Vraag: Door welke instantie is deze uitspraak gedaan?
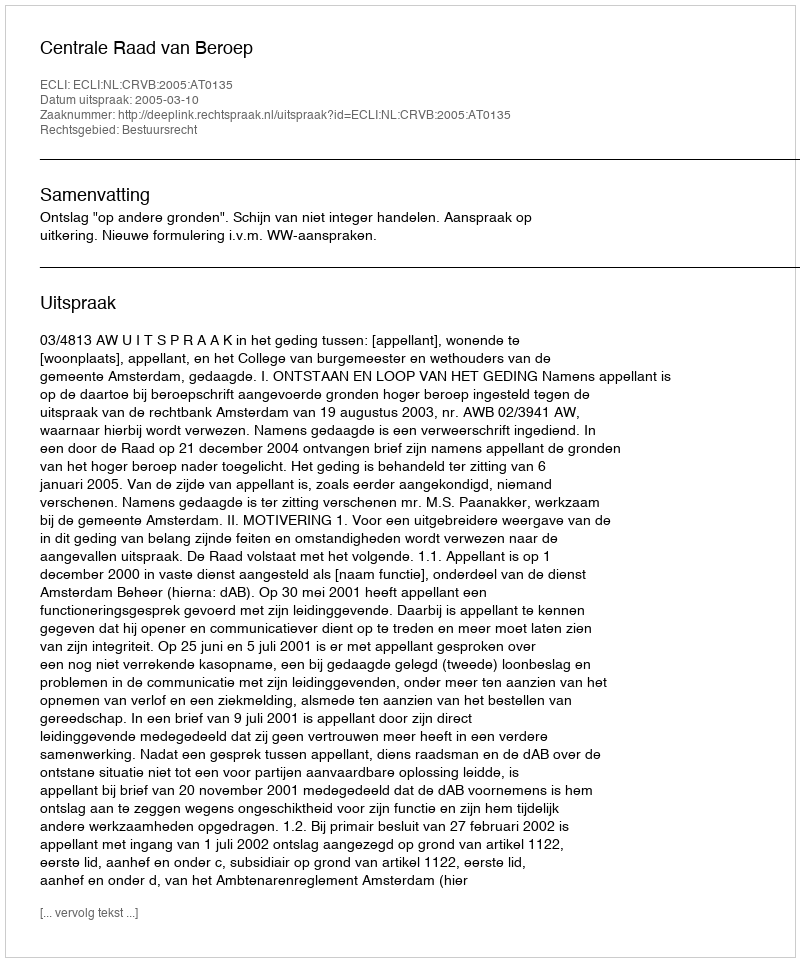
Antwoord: Centrale Raad van Beroep